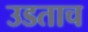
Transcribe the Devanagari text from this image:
उडताच